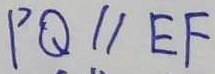
P Q / / E F